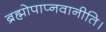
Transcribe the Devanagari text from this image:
ब्रह्मोपाप्नवानीति।